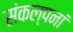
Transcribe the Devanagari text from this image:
संकल्पनां